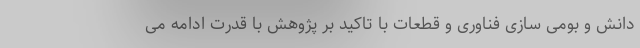
دانش و بومی سازی فناوری و قطعات با تاکید بر پژوهش با قدرت ادامه می